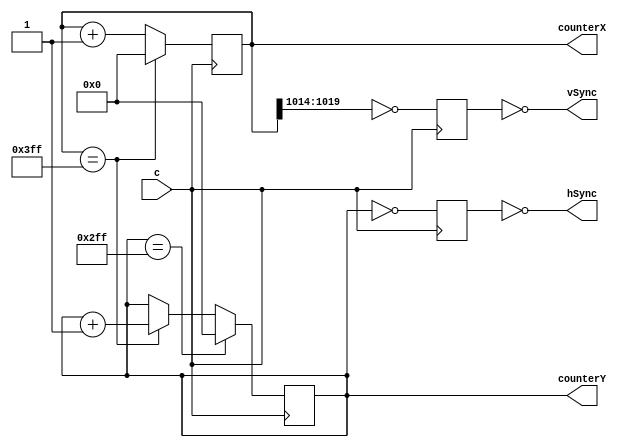
module vga_output(c,vSync,hSync,counterX,counterY);
input c;
output vSync,hSync;


output reg [0:1023] counterX;
output reg [0:1023] counterY;

wire counterXmax = (counterX == 1023);
wire counterYmax = (counterY == 767);

always@(posedge c)
if(counterXmax)
	counterX <= 0;
else
	counterX = counterX + 1;

always@(posedge c)
begin
if(counterXmax) counterY <= counterY + 1;
if(counterYmax) counterY <= 0;
end
reg vsync,hsync;
always@(posedge c)
begin
vsync <= (counterX[4:9]==0);
hsync <= (counterY == 0);
end

assign vSync = ~vsync;
assign hSync = ~hsync;

endmodule